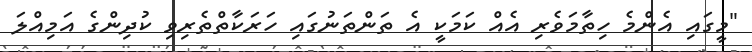
"މީގައި އެންމެ ހިތާމަވެރި އެއް ކަމަކީ އެ ތަންތަނުގައި ހަރަކާތްތެރިވި ކުދިންގެ އަމިއްލަ